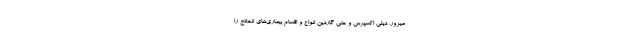
میرور، دیلی اکسپرس و حتی گاردین انواع و اقسام بیماری‌های لاعلاج را